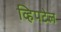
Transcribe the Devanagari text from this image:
व्हिपटेल